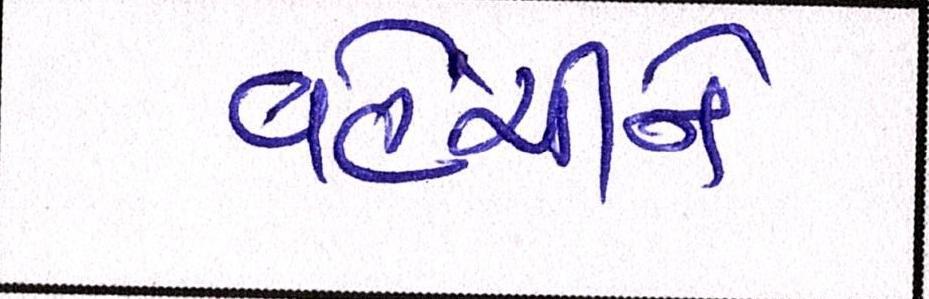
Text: વહેંચીને